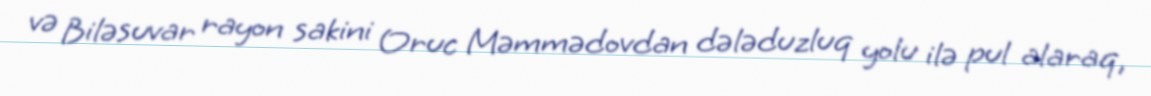
və Biləsuvar rayon sakini Oruc Məmmədovdan dələduzluq yolu ilə pul alaraq,